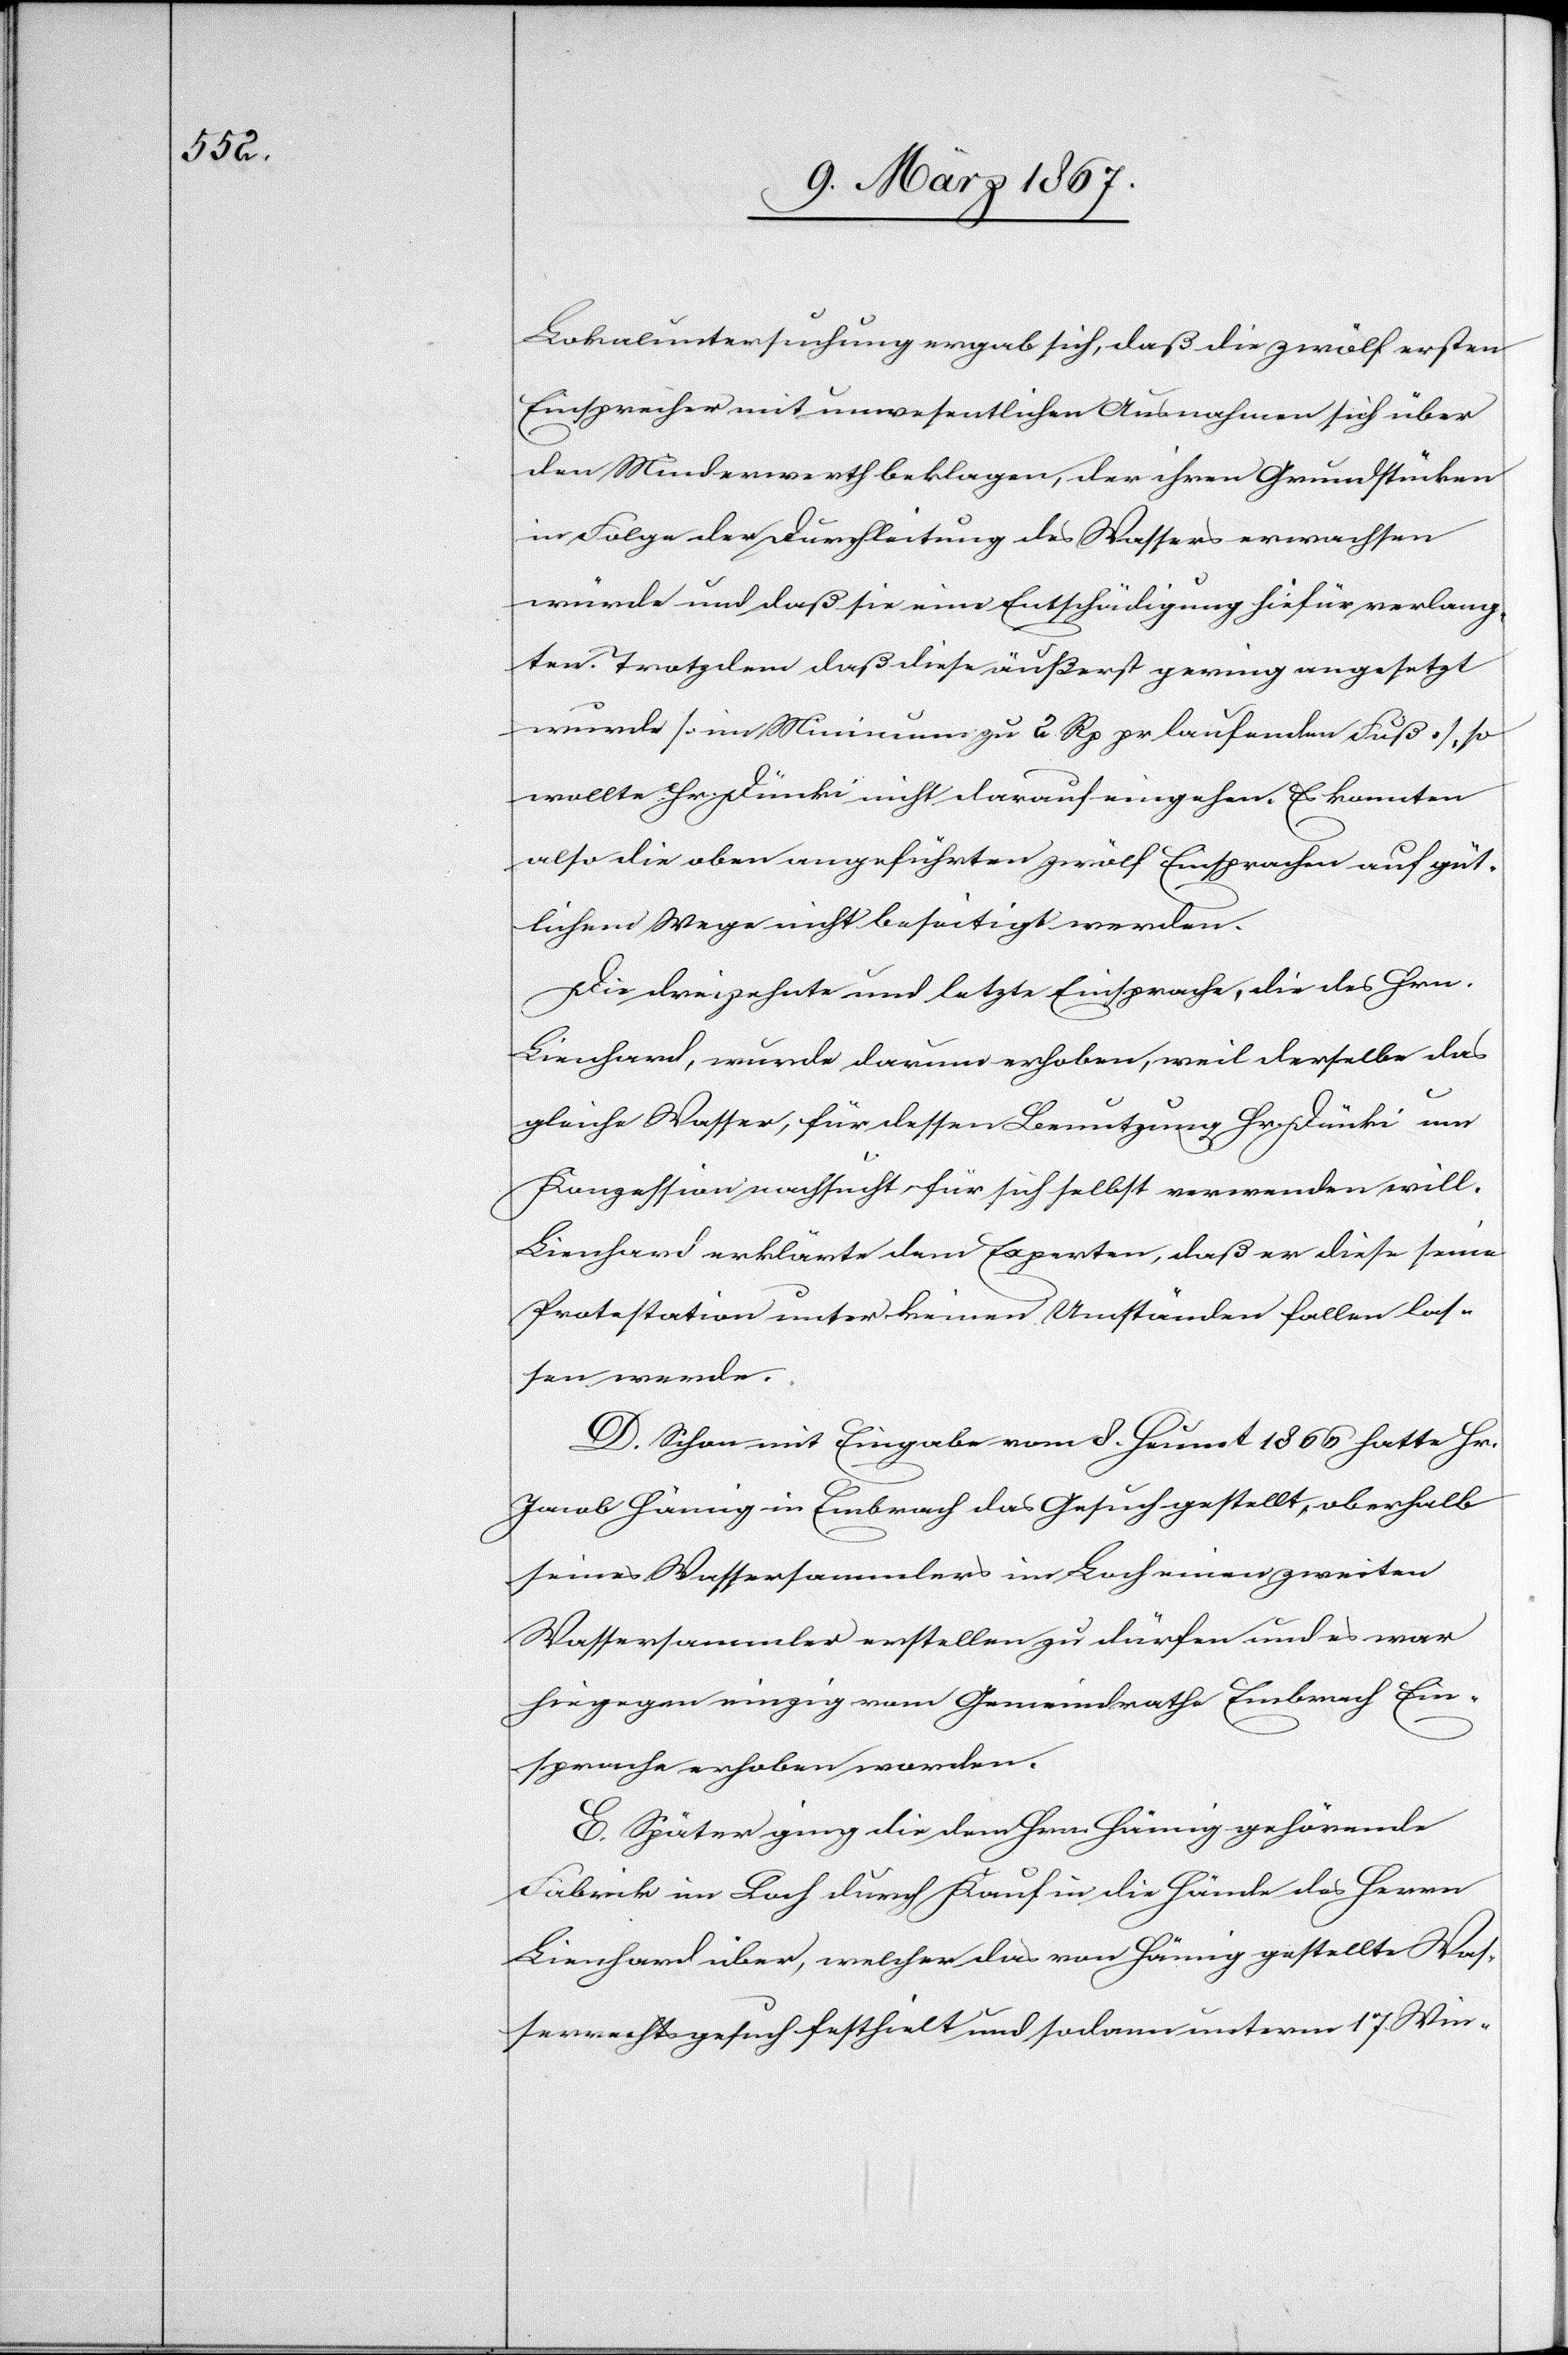
Lokaluntersuchung ergab sich, daß die zwölf ersten
Einsprachen mit unwesentlichen Ausnahmen sich über
den Minderwerth beklagen, der ihren Grundstücken
in Folge der Durchleitung des Wassers erwachsen
würde und daß sie eine Entschädigung hiefür verlang¬
ten. Trotzdem daß diese äußerst gering angesetzt
wurde [ein Minimum zu 2 Rp pr laufenden Fuß], so
wollte Hr. Dünki nicht darauf eingehen. Es konnten
also die oben angeführten zwölf Einsprachen auf güt¬
lichem Wege nicht beseitigt werden.
Die dreizehnte und letzte Einsprache, die des Hrn.
Lienhard, wurde darum erhoben, weil derselbe das
gleiche Wasser, für dessen Benutzung Hr. Dünki um
Konzession nachsucht, für sich selbst verwenden will.
Lienhard erklärte dem Experten, daß er diese seine
Protestation unter keinen Umständen fallen las¬
sen werde.
D. Schon mit Eingabe vom 8. Heumt. 1866 hatte Hr.
Jacob Hämig in Embrach das Gesuch gestellt, oberhalb
seines Wassersammlers im Loch einen zweiten
Wassersammler erstellen zu dürfen und es war
hiegegen einzig vom Gemeindrathe Embrach Ein¬
sprache erhoben worden.
E. Später ging die dem Hrn. Hämig gehörende
Fabrik im Bach durch Kauf in die Hände des Herrn
Lienhard über, welcher das von Hämig gestellte Was¬
serrechtsgesuch festhielt und sodann unterm 17. Win-